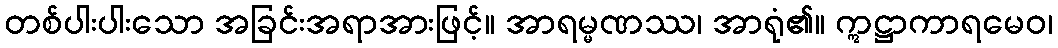
တစ်ပါးပါးသော အခြင်းအရာအားဖြင့်။ အာရမ္မဏဿ၊ အာရုံ၏။ ဣဋ္ဌာကာရမေဝ၊